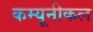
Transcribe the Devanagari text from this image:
कम्यूनीकल